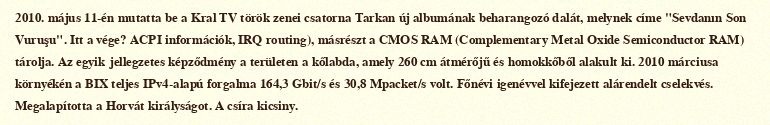
2010. május 11-én mutatta be a Kral TV török zenei csatorna Tarkan új albumának beharangozó dalát, melynek címe "Sevdanın Son Vuruşu". Itt a vége? ACPI információk, IRQ routing), másrészt a CMOS RAM (Complementary Metal Oxide Semiconductor RAM) tárolja. Az egyik jellegzetes képződmény a területen a kőlabda, amely 260 cm átmérőjű és homokkőből alakult ki. 2010 márciusa környékén a BIX teljes IPv4-alapú forgalma 164,3 Gbit/s és 30,8 Mpacket/s volt. Főnévi igenévvel kifejezett alárendelt cselekvés. Megalapította a Horvát királyságot. A csíra kicsiny.